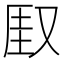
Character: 𫨾